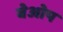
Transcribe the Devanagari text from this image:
बेओप